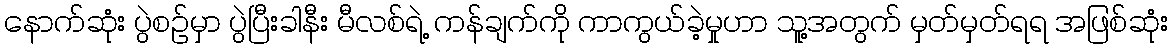
နောက်ဆုံး ပွဲစဉ်မှာ ပွဲပြီးခါနီး မီလစ်ရဲ့ ကန်ချက်ကို ကာကွယ်ခဲ့မှုဟာ သူ့အတွက် မှတ်မှတ်ရရ အဖြစ်ဆုံး